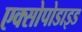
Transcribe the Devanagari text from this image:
एक्सोपोडाइड